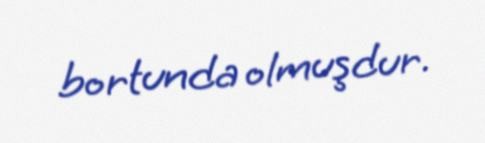
bortunda olmuşdur.